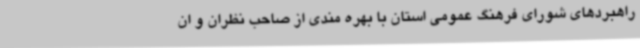
راهبردهای شورای فرهنگ عمومی استان با بهره مندی از صاحب نظران و ان